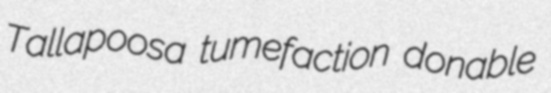
Tallapoosa tumefaction donable